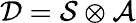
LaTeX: {\cal D}={\cal S}\otimes{\cal A}